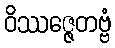
ဝိဿဇ္ဇေတဗ္ဗံ